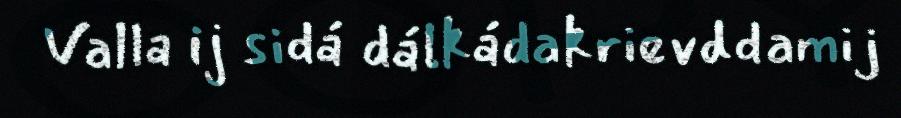
Valla ij sidá dálkádakrievddamij